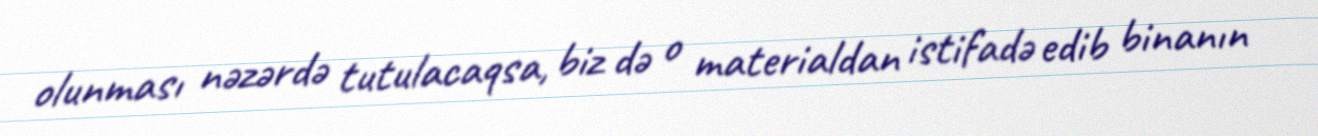
olunması nəzərdə tutulacaqsa, biz də o materialdan istifadə edib binanın